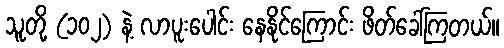
သူတို့ (၁၀၂) နဲ့ လာပူးပေါင်း နေနိုင်ကြောင်း ဖိတ်ခေါ်ကြတယ်။